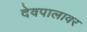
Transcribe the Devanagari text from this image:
देवपालावर